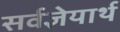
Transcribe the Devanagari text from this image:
सर्वज्ञेयार्थ